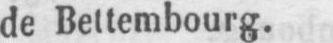
de Bettembourg.